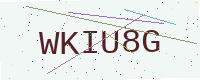
Text: WKIU8G